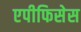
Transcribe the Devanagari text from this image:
एपीफिसेस